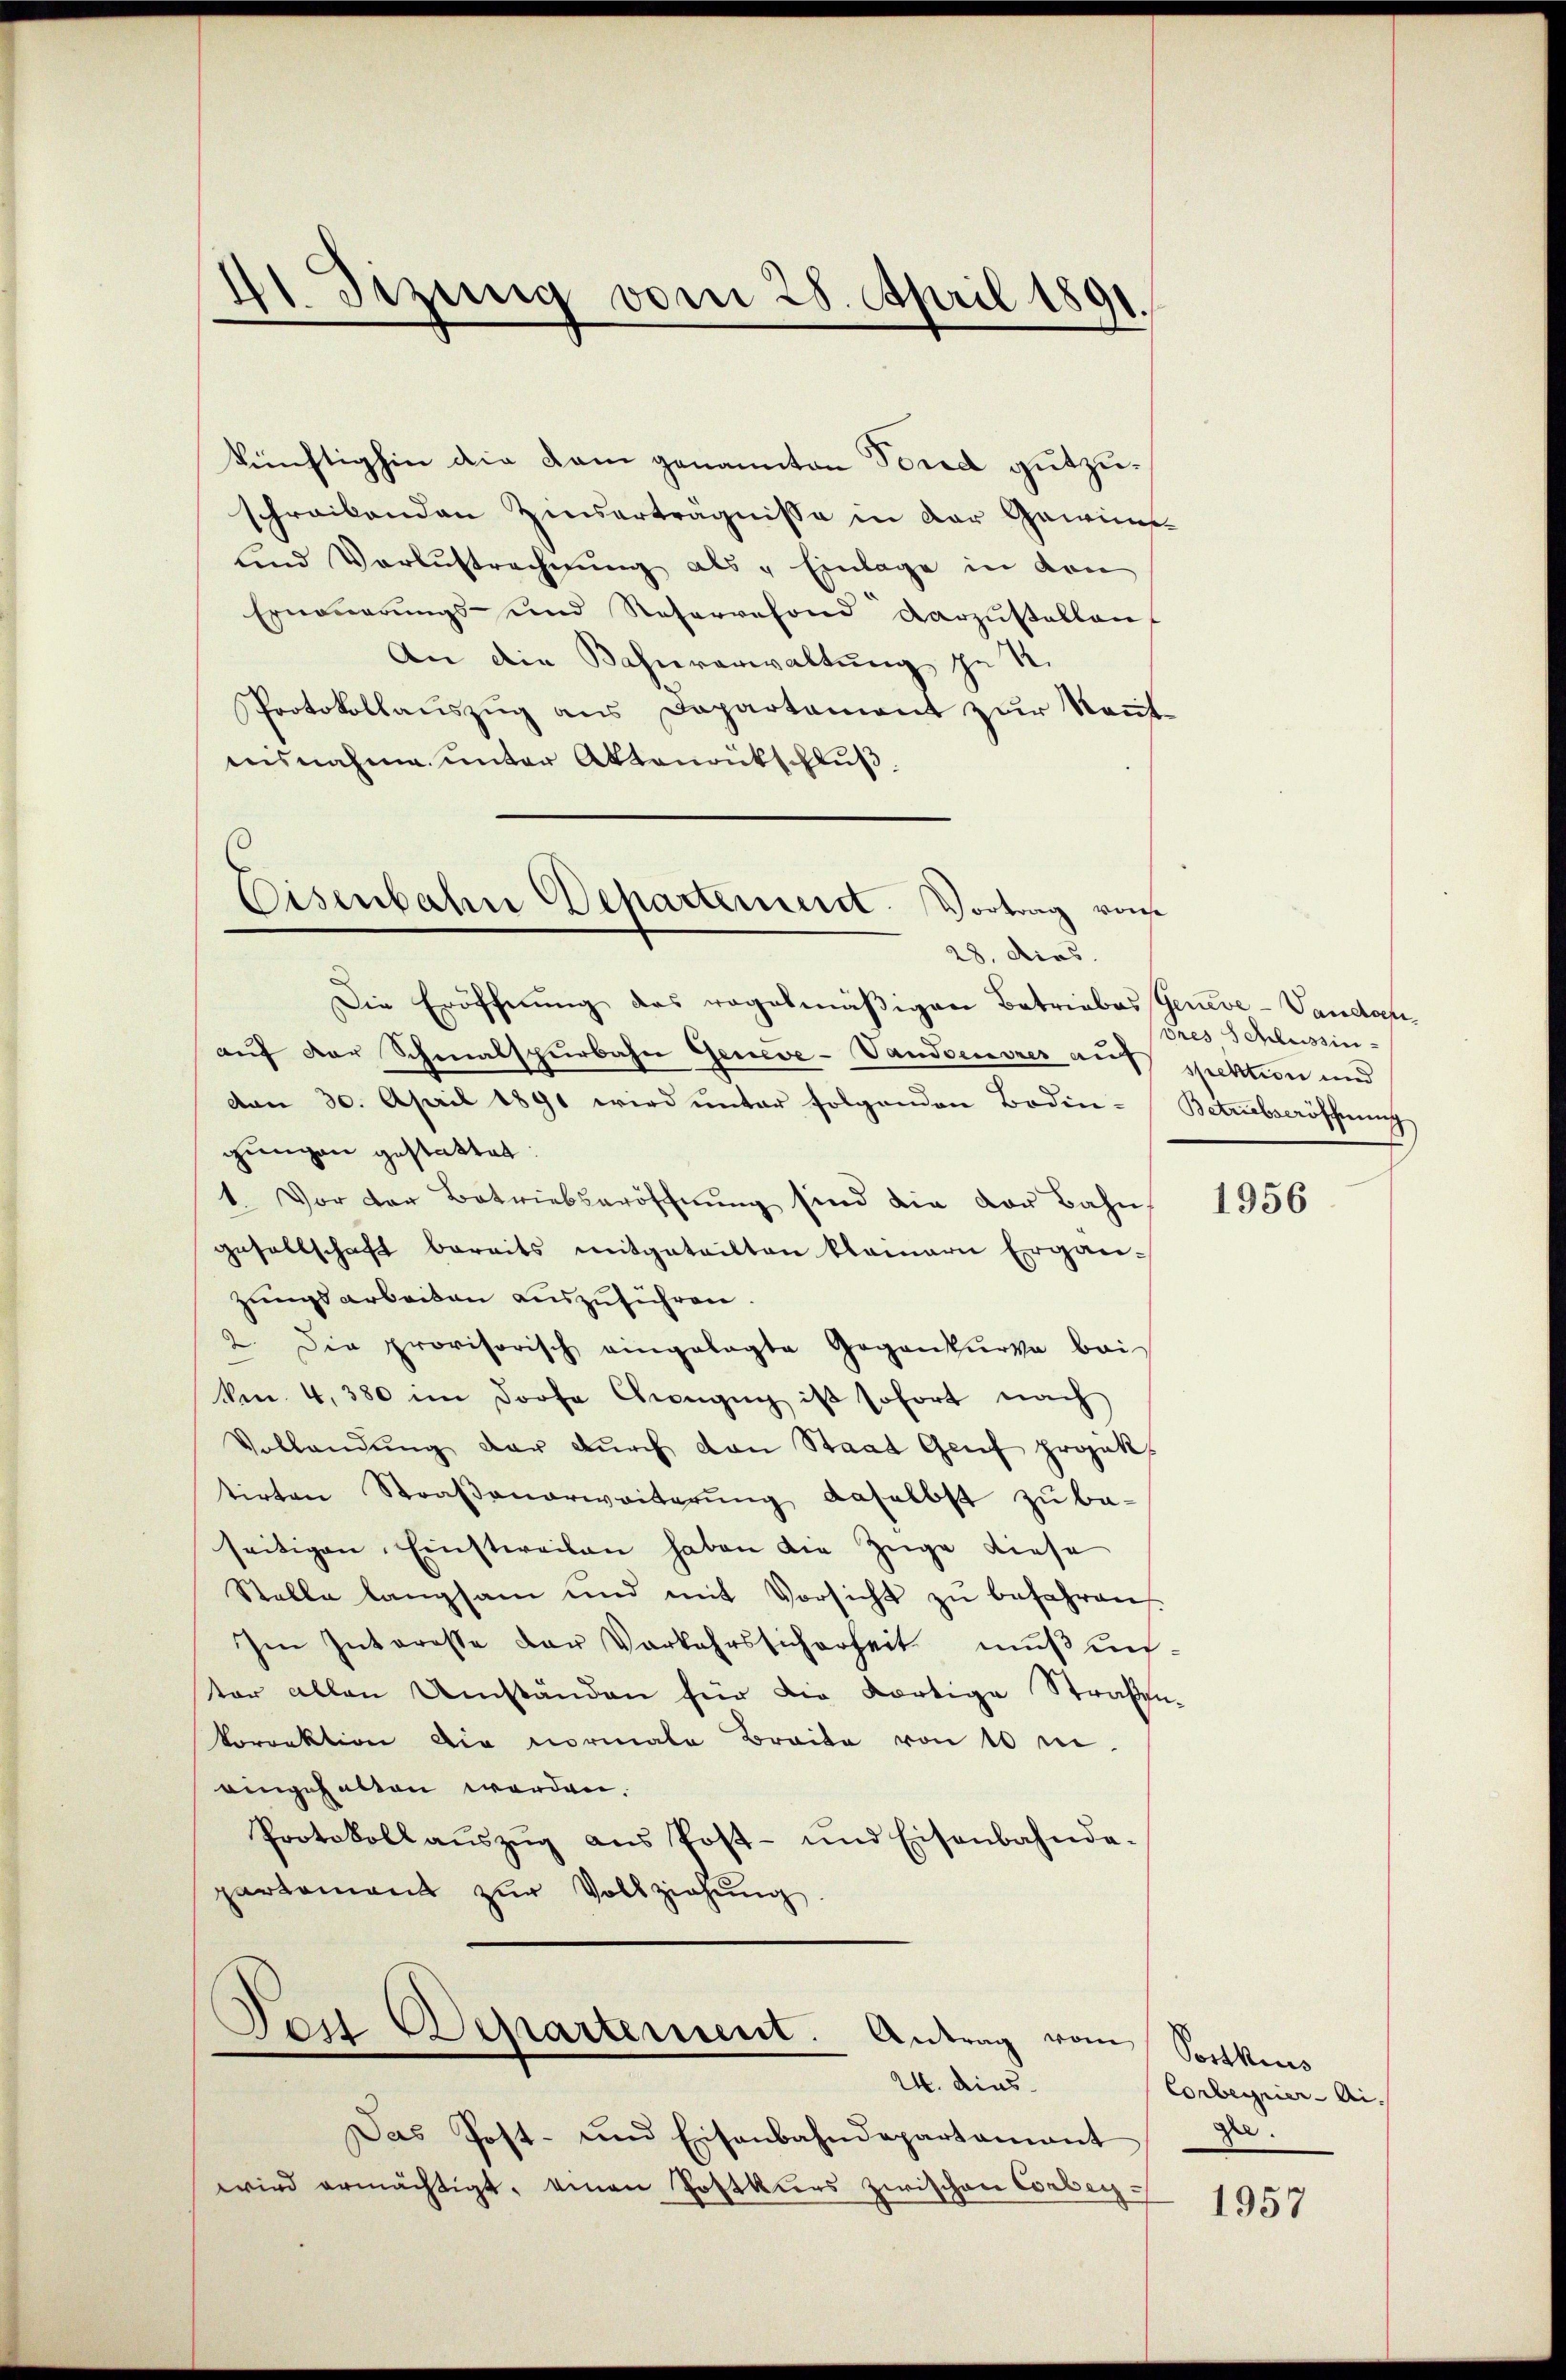
21. Dezung vom 28. April 1891.

künftighin die kam genannten Fond gutzuschreibenden Zinserträgnisse in der Gewinn
und Verlustrechnŭng als „Einlage in den
Erneŭerŭngs- und Reservefond darzŭstellen
An die Bahnverwaltung in 1.
Protokollauszug aus Departement zur Rentaisnahme unter Aktenrütschluß.

Eisenbahn Departement. Vortrag von
28. dies

Teit Departement. Antrag vom Postkuns
24. dies

Die Eröffnung des regelmäßigen Betriebes Geneve-Vandanauf der Schmalspurbahn Geneve-Vandensrer auf spektion und
von 30. April 1891 wird unter folgenden Boden-Betriebseröffnung
gungen gestattet:
1. Vor der Betriebseröffnung sind die vor Bahn
gesellschaft bereits mitgeteilten kleinern Ergän-
zungsarbeiten auszuführen.
2. Die provisorisch eingelegte Gegenkŭrva bei
Ven. 4, 380 im Dorfe Gengig ist sofort nach
Vollandung der durch den Staat Genf projek
tirten Straβenarweiterŭng daselbst zŭ be-
seitigen Einstweilen haben die Züge diese
Stelle langsam und mit Vorsicht zŭ befahren.
Im Interesse der Vorkehrssicherheit muß unter allen Umständen für die dortige Straßen-
korrektion die normale Breite von 10 m.
eingehalten worden.
Protokoll aŭszŭg aŭs Post- und Eisenbahndepartement zur Vollziehung.

Das Post- und Eisenbahndepartamant
wird ermächtigt, einen Postkurs zwischen Corbey¬

dres Schlussin

1956

Corbernier - Aig

1957